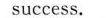
success.